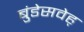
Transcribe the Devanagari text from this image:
बुंडेसवेह्